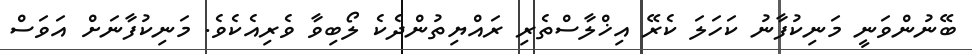
ބޭނުންވަނީ މަނިކުފާނު ކަހަލަ ކެރޭ އިޚްލާސްތެރި ރައްޔިތުންދެކެ ލޯބިވާ ވެރިއެކެވެ. މަނިކުފާނަށް އަވަސް